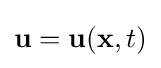
\mathbf {u} =\mathbf {u} (\mathbf {x} ,t)